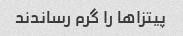
پیتزا‌ها را گرم رساندند